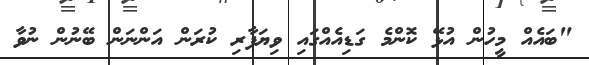
"ބައެއް މީހުން އުޅޭ ކޮންމެ ގަޑިއެއްގައި ވިޔަފާރި ކުރަން އަންނަން ބޭނުން ނުވާ